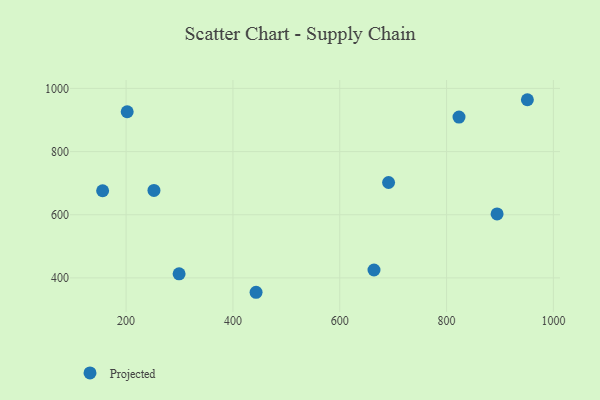
{"axis": {"x": "Experience", "y": "Salary"}, "legend": ["Projected"], "data": [{"x": "894.6", "y": 602.5, "type": "Projected"}, {"x": "443.3", "y": 354.5, "type": "Projected"}, {"x": "664.1", "y": 425.1, "type": "Projected"}, {"x": "691.4", "y": 702.1, "type": "Projected"}, {"x": "299.2", "y": 412.9, "type": "Projected"}, {"x": "156.0", "y": 675.9, "type": "Projected"}, {"x": "252.1", "y": 677.0, "type": "Projected"}, {"x": "823.3", "y": 909.3, "type": "Projected"}, {"x": "202.0", "y": 926.1, "type": "Projected"}, {"x": "951.3", "y": 964.2, "type": "Projected"}]}